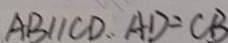
A B / / C D . . A D = C B